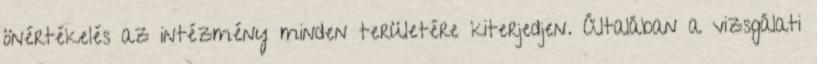
önértékelés az intézmény minden területére kiterjedjen. Általában a vizsgálati